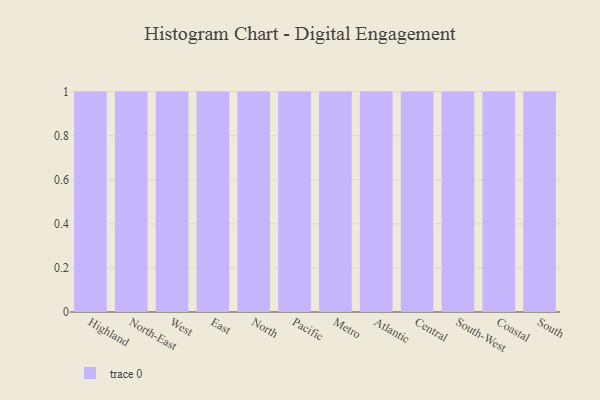
{"axis": {"x": "Region", "y": "Energy Usage (MWh)"}, "legend": [""], "data": [{"x": "Highland", "y": 45, "type": ""}, {"x": "North-East", "y": 55, "type": ""}, {"x": "West", "y": 11, "type": ""}, {"x": "East", "y": 38, "type": ""}, {"x": "North", "y": 46, "type": ""}, {"x": "Pacific", "y": 14, "type": ""}, {"x": "Metro", "y": 76, "type": ""}, {"x": "Atlantic", "y": 14, "type": ""}, {"x": "Central", "y": 93, "type": ""}, {"x": "South-West", "y": 46, "type": ""}, {"x": "Coastal", "y": 70, "type": ""}, {"x": "South", "y": 27, "type": ""}]}